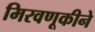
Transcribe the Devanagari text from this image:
मिरवणूकीने